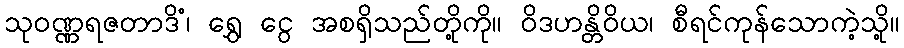
သုဝဏ္ဏရဇတာဒိံ၊ ရွှေ ငွေ အစရှိသည်တို့ကို။ ဝိဒဟန္တိဝိယ၊ စီရင်ကုန်သောကဲ့သို့။